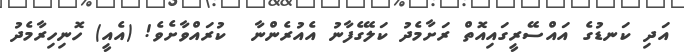
އަދި ކަނޑުގެ އައްސޭރީގައިއޮތް ރަށާމެދު ކަލޭގެފާނު އެއުރެންނާ  ކުރައްވާށެވެ! (އެއީ) ހޮނިހިރާމެދު